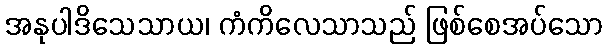
အနုပါဒိသေသာယ၊ ကံကိလေသာသည် ဖြစ်စေအပ်သော